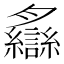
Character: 𦣐